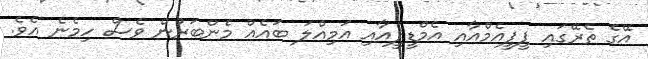
އޭގެ ތެރޭގައި ޕީޕީއެމްއާއި އެމްޑީޕީއާއި އަމިއްލަ ބައެއް މެންބަރުން ވެސް ހިމެނެ އެވެ.